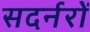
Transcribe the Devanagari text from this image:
सदर्नरों